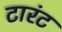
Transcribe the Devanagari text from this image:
टारंट